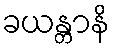
ခယန္တာနိ